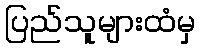
ပြည်သူများထံမှ